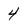
Character: 4